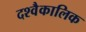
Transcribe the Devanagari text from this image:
दश्वैकालिक